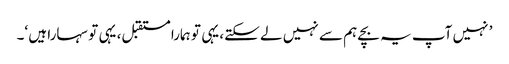
’ نہیں آپ یہ بچے ہم سے نہیں لے سکتے، یہی تو ہمارا مستقبل، یہی تو سہارا ہیں ‘۔